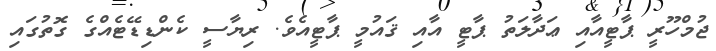
ޖުމްހޫރީ ޕާޓީއާއި ޢަދާލަތު ޕާޓީ އާއި ޤައުމީ ޕާޓީއެވެ. ރިޔާސީ ކެންޑިޑޭޓެއްގެ ގޮތުގައި